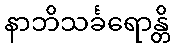
နာဘိသင်္ခရောန္တိ